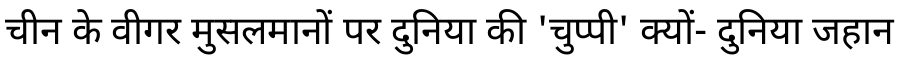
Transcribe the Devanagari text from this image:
चीन के वीगर मुसलमानों पर दुनिया की 'चुप्पी' क्यों- दुनिया जहान